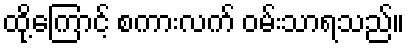
ထို့ကြောင့် စကားလက် ဝမ်းသာရသည်။